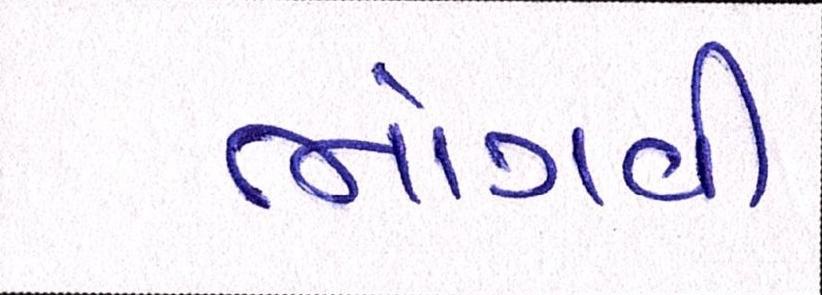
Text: ભોગવી